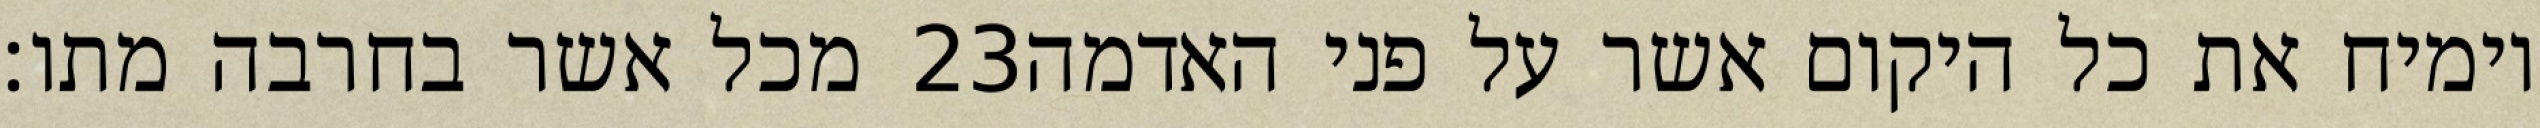
מכל אשר בחרבה מתו׃ ‎23‏ וימיח את כל היקום אשר על פני האדמה